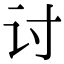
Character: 讨